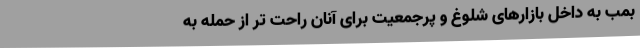
بمب به داخل بازارهای شلوغ و پرجمعیت برای آنان راحت تر از حمله به